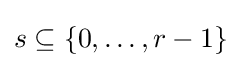
s\subseteq \{0,\dots ,r-1\}